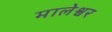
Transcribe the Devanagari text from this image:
मालेश्वर